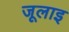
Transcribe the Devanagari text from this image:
जूलाइ